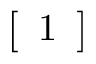
\textstyle { \left[ \begin{array} { l } { 1 } \end{array} \right] }